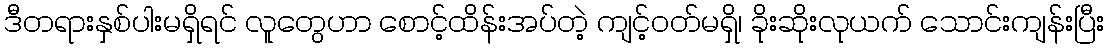
ဒီတရားနှစ်ပါးမရှိရင် လူတွေဟာ စောင့်ထိန်းအပ်တဲ့ ကျင့်ဝတ်မရှိ၊ ခိုးဆိုးလုယက် သောင်းကျန်းပြီး